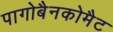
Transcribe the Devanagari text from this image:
पागोबैनकोमैट